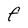
Character: F